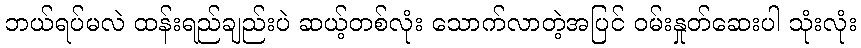
ဘယ်ရပ်မလဲ ထန်းရည်ချည်းပဲ ဆယ့်တစ်လုံး သောက်လာတဲ့အပြင် ဝမ်းနှုတ်ဆေးပါ သုံးလုံး